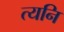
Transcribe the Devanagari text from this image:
त्यनि